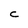
Character: C